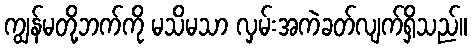
ကျွန်မတို့ဘက်ကို မသိမသာ လှမ်းအကဲခတ်လျက်ရှိသည်။